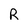
Character: R